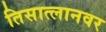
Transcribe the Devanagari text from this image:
तिसात्लानवर